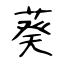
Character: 葵